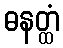
ဓနတ္ထံ